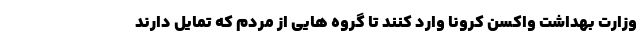
وزارت بهداشت واکسن کرونا وارد کنند تا گروه هایی از مردم که تمایل دارند